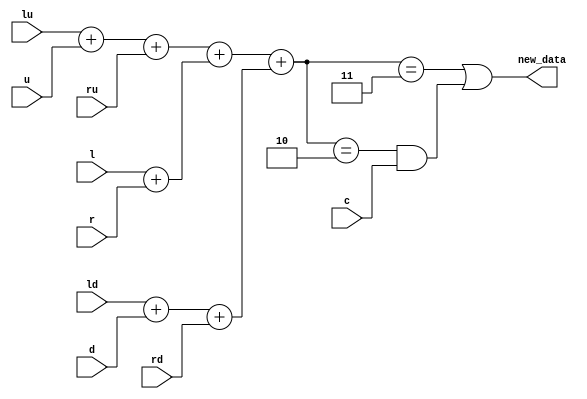
module life_sum #
(
	parameter X=3'd8,
	parameter Y=3'd8,
	parameter LOG2X=3,
	parameter LOG2Y=3
) (
	output new_data,
	input c, l, r, u, d, lu, ld, ru, rd
);

wire [1:0]sum1, sum2, sum3;
wire [2:0]total;

assign sum1 = {1'b0, lu} + {1'b0, u} + {1'b0, ru};
assign sum2 = {1'b0, l}  +             {1'b0, r};
assign sum3 = {1'b0, ld} + {1'b0, d} + {1'b0, rd};
// Notice we throw the 4th bit even though the sum can be 8 or 9
assign total = {1'b0, sum1} + {1'b0, sum2} + {1'b0, sum3};
// Notice that 2 or 3 must really be 2 or 3 and not 10 or 11 because we can't get those by summing 9 1's.
assign new_data = (total == 3'd3) | (total == 3'd2) & c;

endmodule